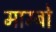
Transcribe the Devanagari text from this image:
माम्बो